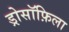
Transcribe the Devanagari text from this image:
ड्रोसॉफ़िला